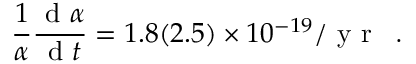
\frac { 1 } { \alpha } \frac { \textrm { d } \alpha } { \textrm { d } t } = 1 . 8 ( 2 . 5 ) \times 1 0 ^ { - 1 9 } / \textrm { y r } \, \textrm { . }